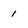
Character: 1